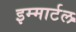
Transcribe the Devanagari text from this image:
इम्मार्टल